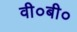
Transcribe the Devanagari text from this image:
वी०बी०